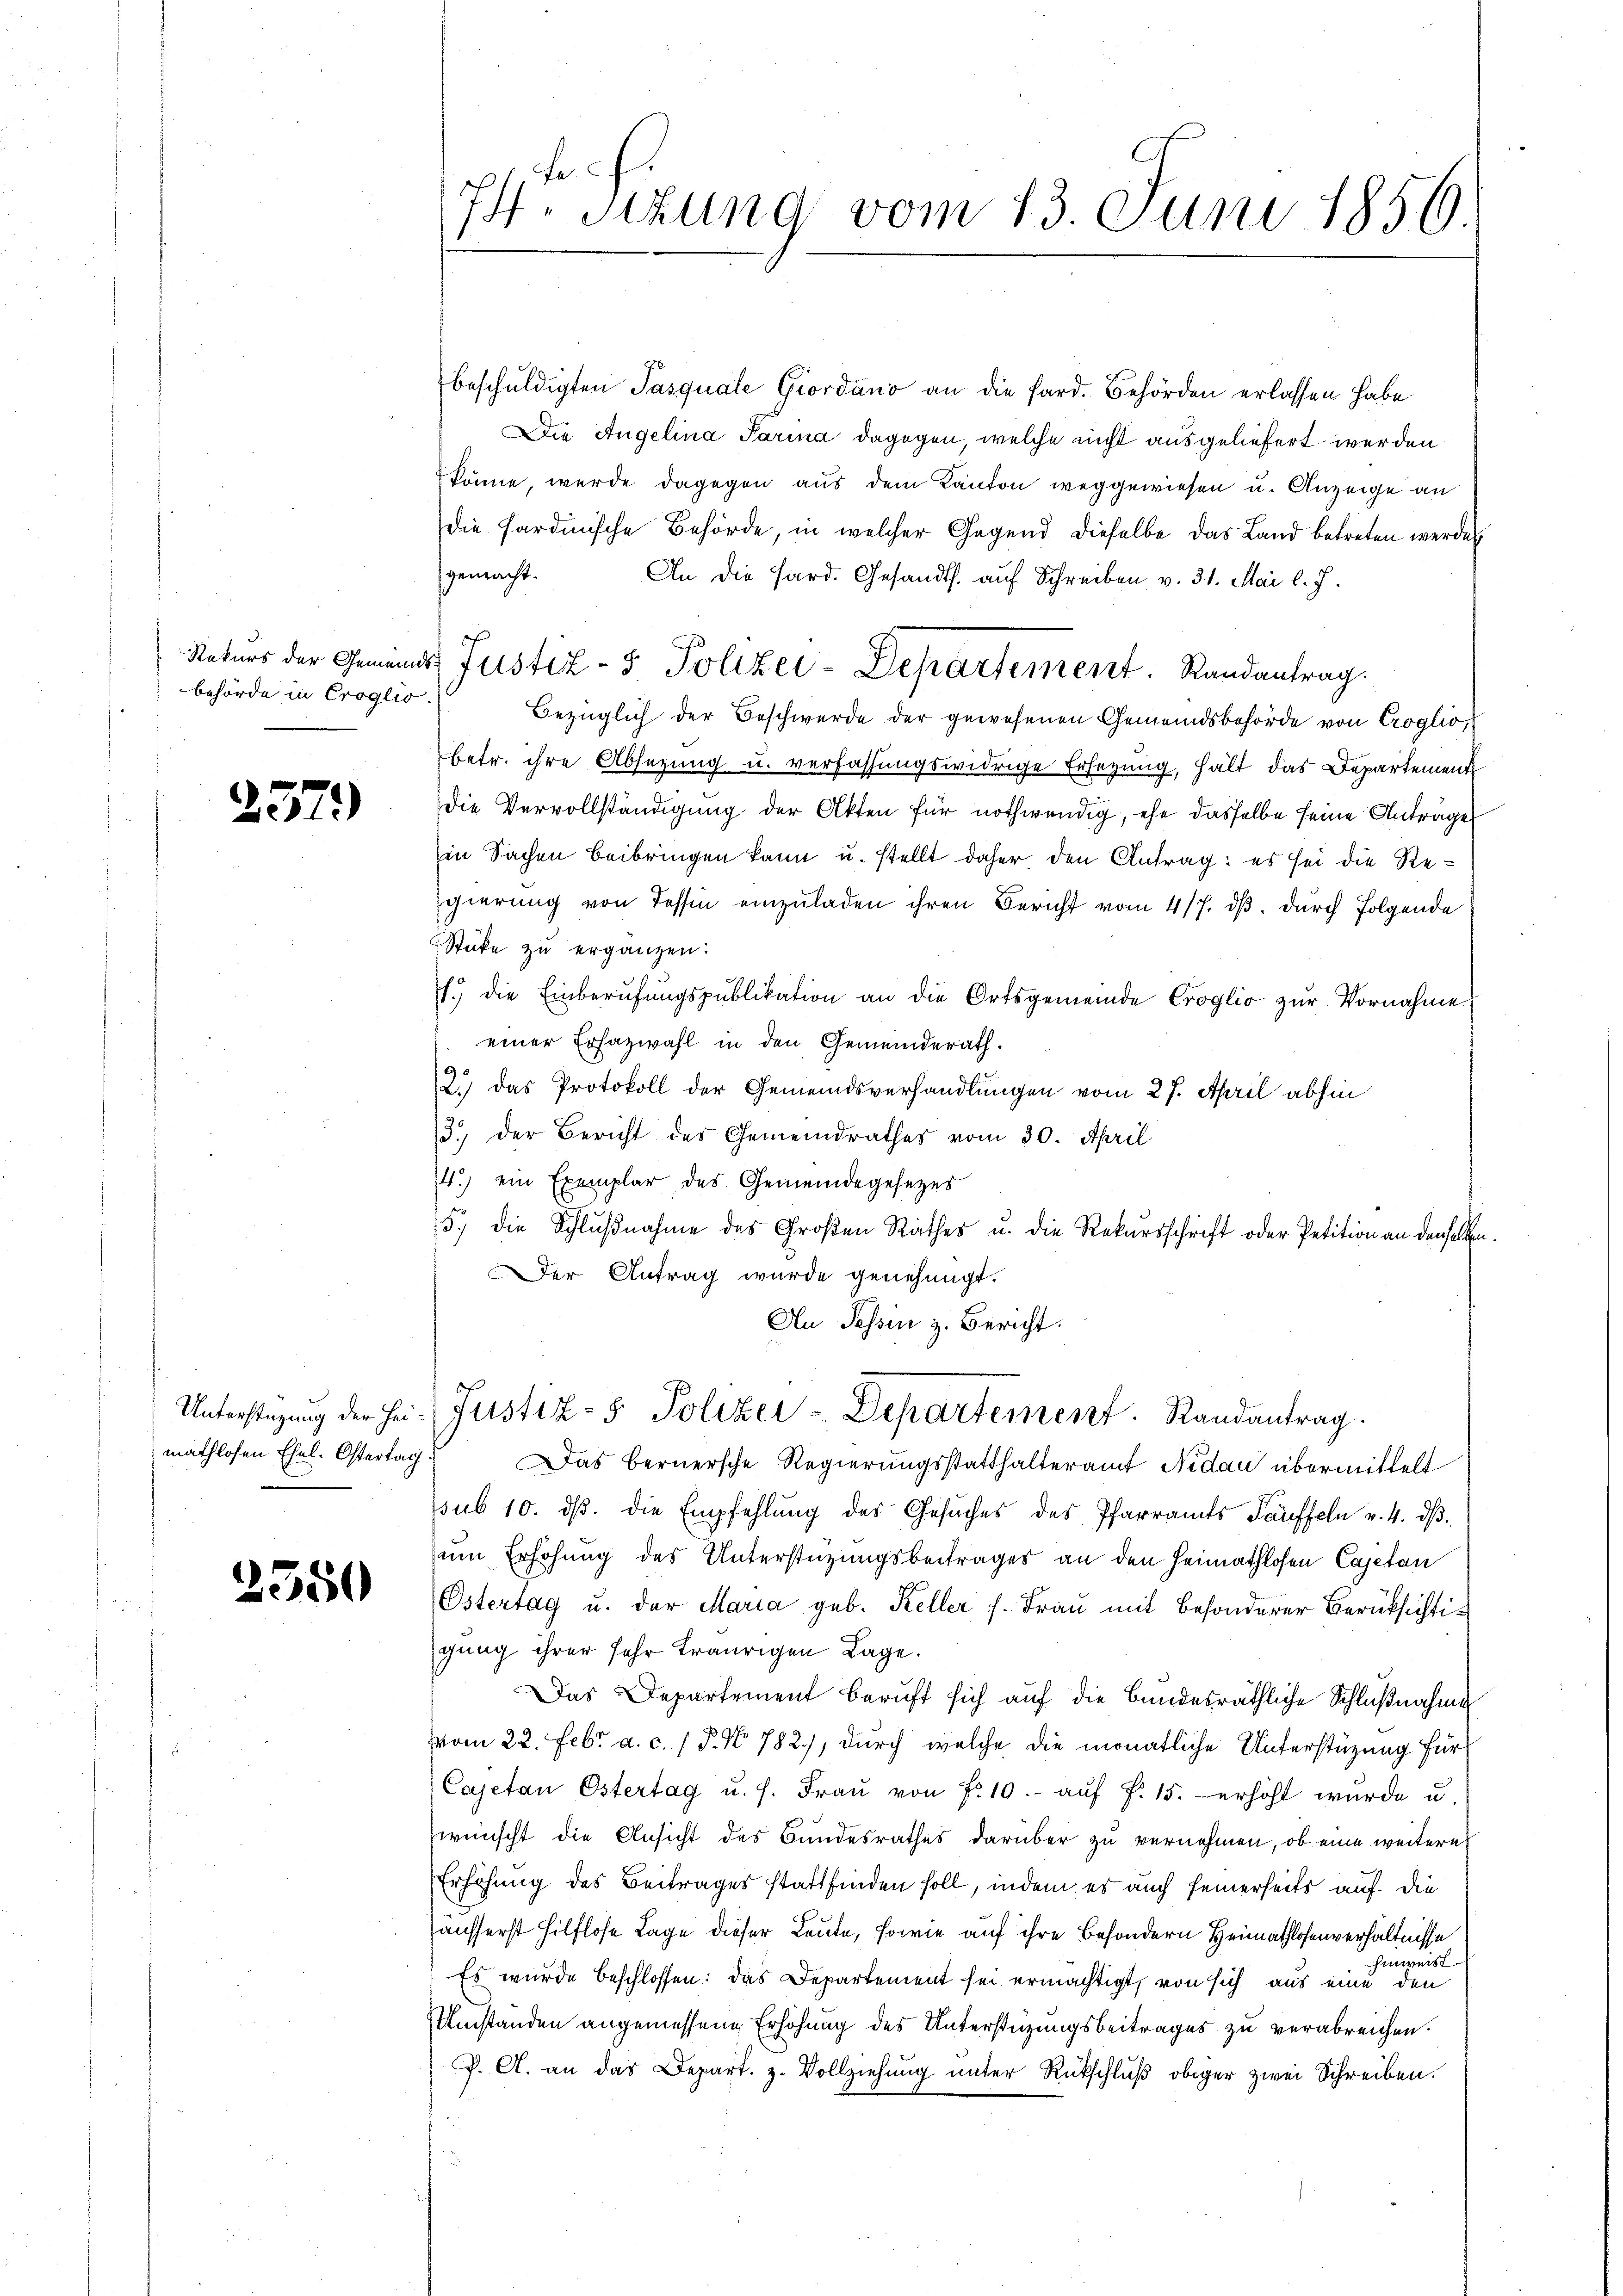
Rekurs der Gemeindbehörde in Croglio

257.

Unterstüzung der Heimathlosen Ehel. Ostertag

2550

74 Sizung vom 13. Juni 1856.

beschŭldigten Pasquale Giordano an die fard. Behörden erlassen habe
Die Angelina Parina dagegen welche nicht ausgeliefert werden
könne, werde dagegen aus dem Kanton weggewiesen u. Anzeige an
Die Fardinische Behörde, in welcher Gegend dieselbe das Land betreten werden
fgemacht.
An die Hard. Gesandts. auf Schreiben v. 31. Mai l. J.
r Justiz- & Polizei-Departement. Randantrag.
Bezüglich der Beschwerde der gewesenen Gemeindsbehörde von Croglio,
betr. ihre Absetzung u. verfassungswidrige Ersezung, hält das Departement
die Vervollständigung der Akten für nothwendig, ehe dasselbe seine Anträge
in Sachen beibringen kann u. stellt daher den Antrag: es sei die Regierung von Tessin einzuladen ihren Bericht vom 4/7. dβ. durch Folgende
Stücke zu ergänzen:
.) die Einberufungspublikation an die Ortsgemeinde Croglio zur Vornahme
einer Erfazwahl in den Gemeinderath.
2.) Das Protokoll der Gemeindsverhandlungen vom 27. April abhin
3.) Der Bericht des Gemeindrathes vom 30. April
4.) ein Exemplar des Gemeindegesezes
5., die Schlŭβnahme des Großen Rathes u. die Rekursschrift oder Petition an denselben
Der Antrag wurde genehmigt.
An Tessin z. Bericht.
Justiz- & Polizei-Departement. Randantrag.
Das bernersche Regierungsstatthalteramt Nidau übermittelt
ssub 10. dβ. die Empfehlung des Gesŭches des Pfarramts Täuffeln v. 4. dβ.
sum Erhöhung des Unterstüzungsbeitrages an den Heimathlosen Cajetan
Östertag u. der Maria geb. Keller s. Frau mit besonderer Berücksichtigung ihrer sehr traurigen Lage.
Das Departement beruft sich auf die Bundesräthliche Schlußnahme
vom 22. Febr. a. c. 1 P. No 782), durch welche die monatliche Unterstüzung für
Cajetan Östertag u. s. Fraŭ von fr. 10.- aŭf fr. 15. erhöht wurde u.
wünscht die Ansicht des Bundesrathes darüber zu vernehmen, ob eine weitere
Erhöhung des Beitrages stattfinden soll, indem es auch seinerseits auf die
säusserst hilflose Lage dieser Leute, sowie auf ihre Besondern Heimathlosenverhältnisse
Einweist
Es wurde beschlossen: das Departement sei ermächtigt, von sich aus eine den
Umständen angemessene Erhöhung des Unterstüzungsbeitrages zu verabreichen.
P. A. an das Depart. z. Vollziehung unter Rückschluß obiger zwei Schreiben.